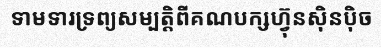
ទាមទារទ្រព្យសម្បត្តិពីគណបក្សហ្វ៊ុនស៊ិនប៉ិច